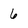
Character: 6